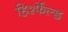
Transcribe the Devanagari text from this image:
हिर्श्फेल्ड